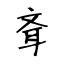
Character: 斊